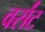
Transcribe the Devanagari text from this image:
वर्संट